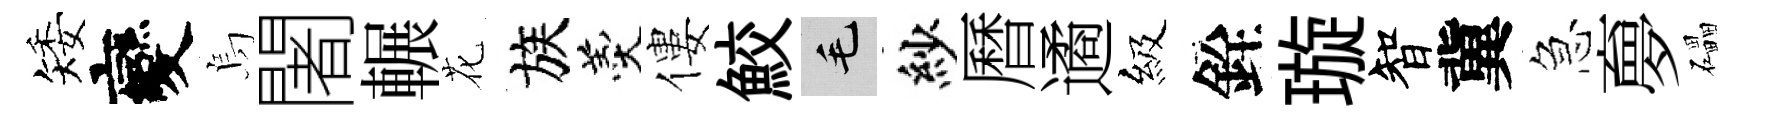
矮變烏闍輾花族羹僂鮫毛紗曆遹級銓璇智冀急夣礧